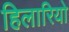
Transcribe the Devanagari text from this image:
हिलारियो